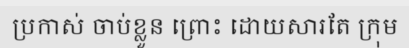
ប្រកាស់ ចាប់ខ្លួន ព្រោះ ដោយសារតែ ក្រុម